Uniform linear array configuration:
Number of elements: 12
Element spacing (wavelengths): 0.5
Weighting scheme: cosine
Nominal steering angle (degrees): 60
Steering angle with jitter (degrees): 60.655
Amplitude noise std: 0.05
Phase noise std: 0.05

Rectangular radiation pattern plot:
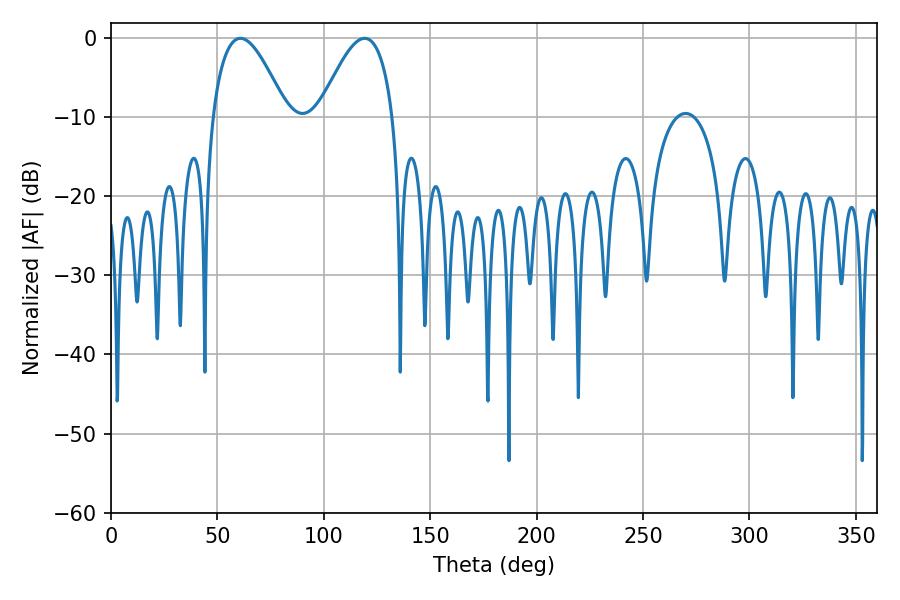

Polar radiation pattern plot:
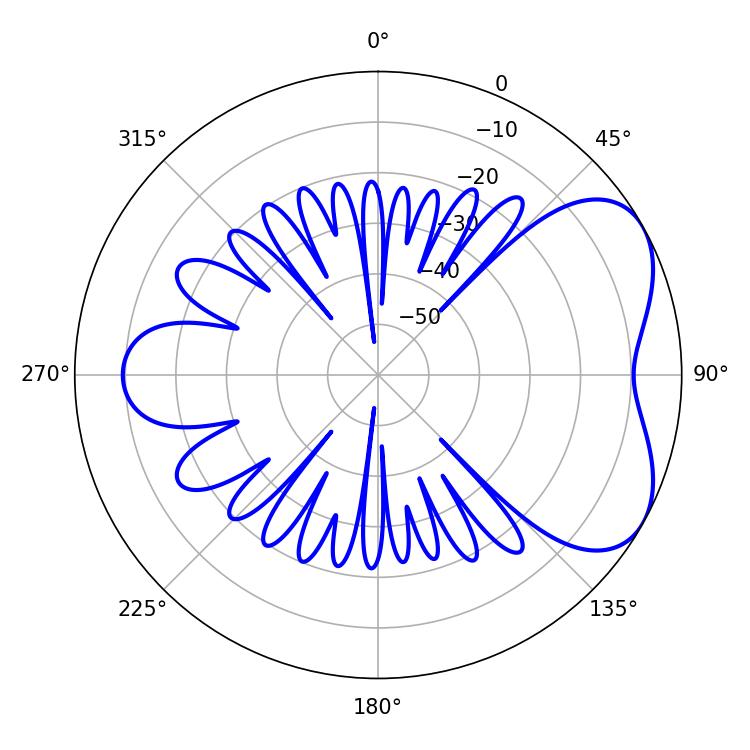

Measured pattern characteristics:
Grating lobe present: FALSE
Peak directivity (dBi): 5.172
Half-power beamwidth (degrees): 19.08
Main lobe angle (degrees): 60.84